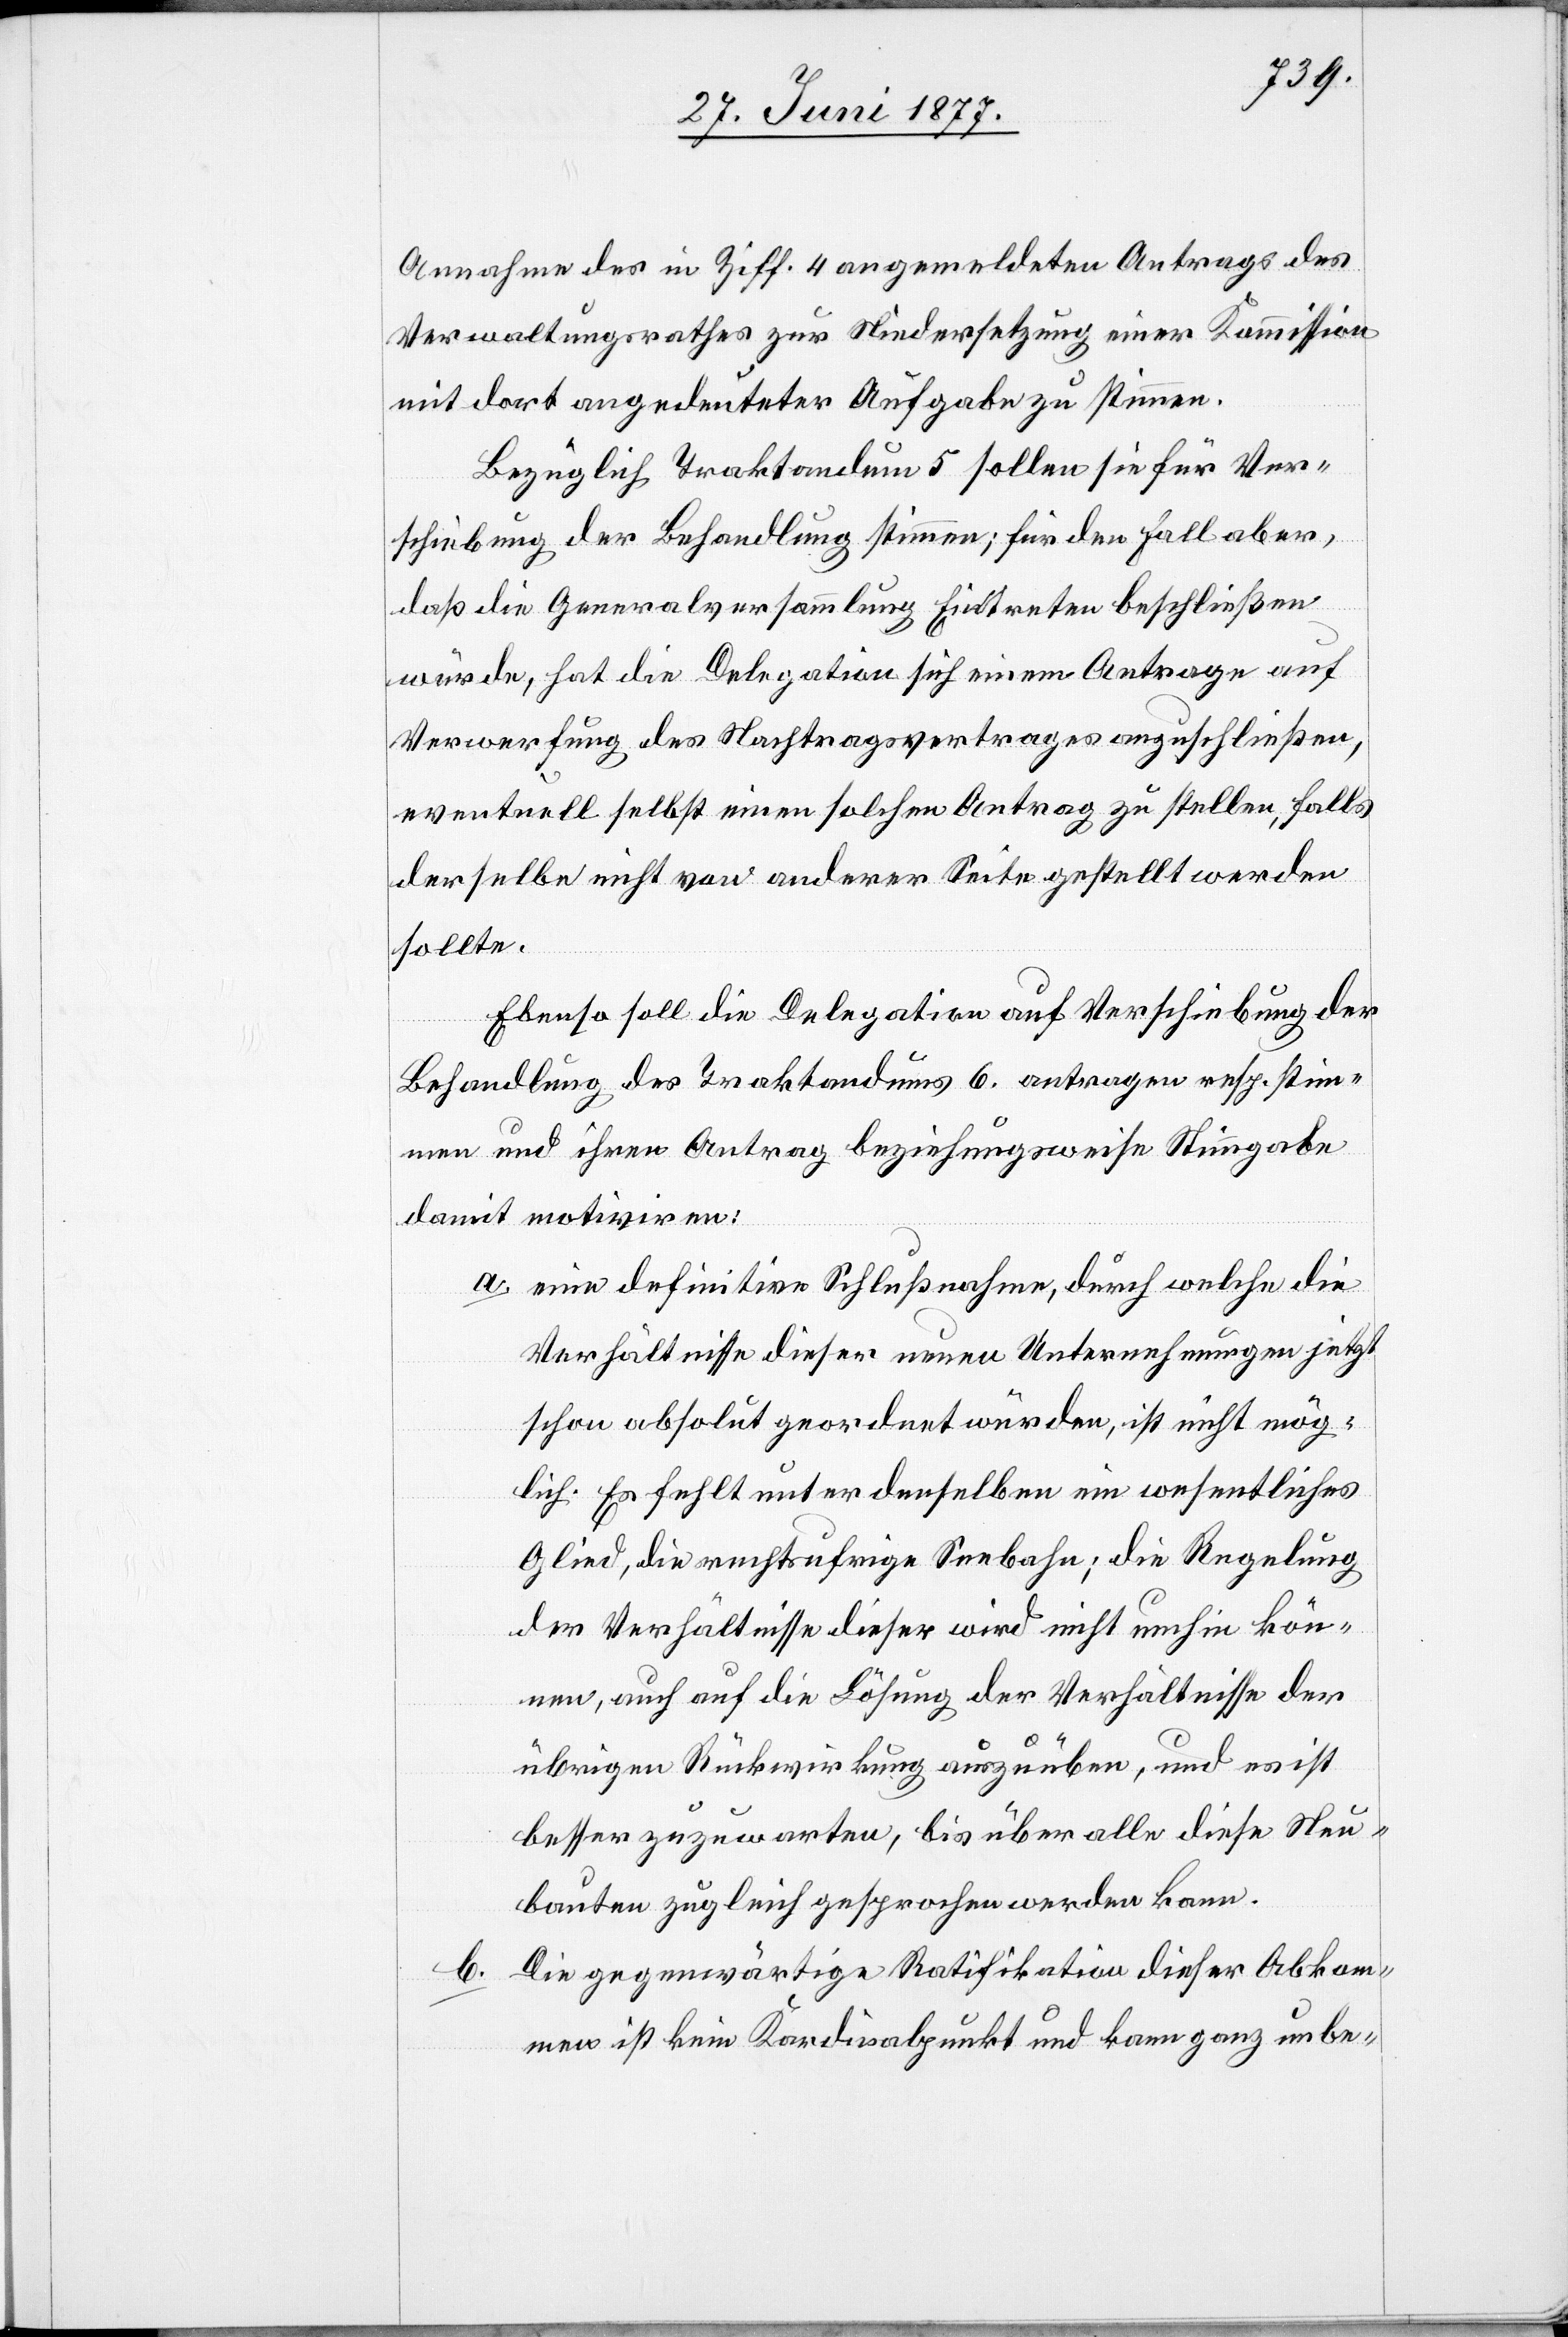
Annahme des in Ziff. 4 angemeldeten Antrages des
Verwaltungsrathes zur Niedersetzung einer Kommission
mit dort angedeuteter Aufgabe zu stimmen.
Bezüglich Traktandum 5 sollen sie für Ver¬
schiebung der Behandlung stimmen; für den Fall aber,
daß die Generalversammlung Eintreten beschließen
würde, hat die Delegation sich einem Antrage auf
Verwerfung des Nachtragsvertrages anzuschließen,
eventuell selbst einen solchen Antrag zu stellen, falls
derselbe nicht von anderer Seite gestellt werden
sollte.
Ebenso soll die Delegation auf Verschiebung der
Behandlung des Traktandums 6. antragen resp. stim¬
men und ihren Antrag beziehungsweise [ihre]
damit motiviren:
a. [E]ine definitive Schlußnahme, durch welche die
Verhältnisse dieser neuen Unternehmungen jetzt
schon absolut geordnet würden, ist nicht mög¬
lich. Es fehlt unter denselben ein wesentliches
Glied, die rechtsufrige Seebahn; die Regelung
der Verhältnisse dieser wird nicht umhin kom¬
men, auch auf die Lösung der Verhältnisse der
übrigen Rückwirkung auszuüben, und es ist
besser zuzuwarten, bis über alle diese Neu¬
bauten zugleich gesprochen werden kann.
Die gegenwärtige Ratifikation dieser Abkom¬
b.
men ist kein Kardinalpunkt und kann ganz unbe-